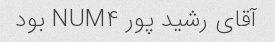
آقای رشید پور NUM۴ بود